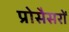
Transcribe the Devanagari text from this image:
प्रोसैसरों